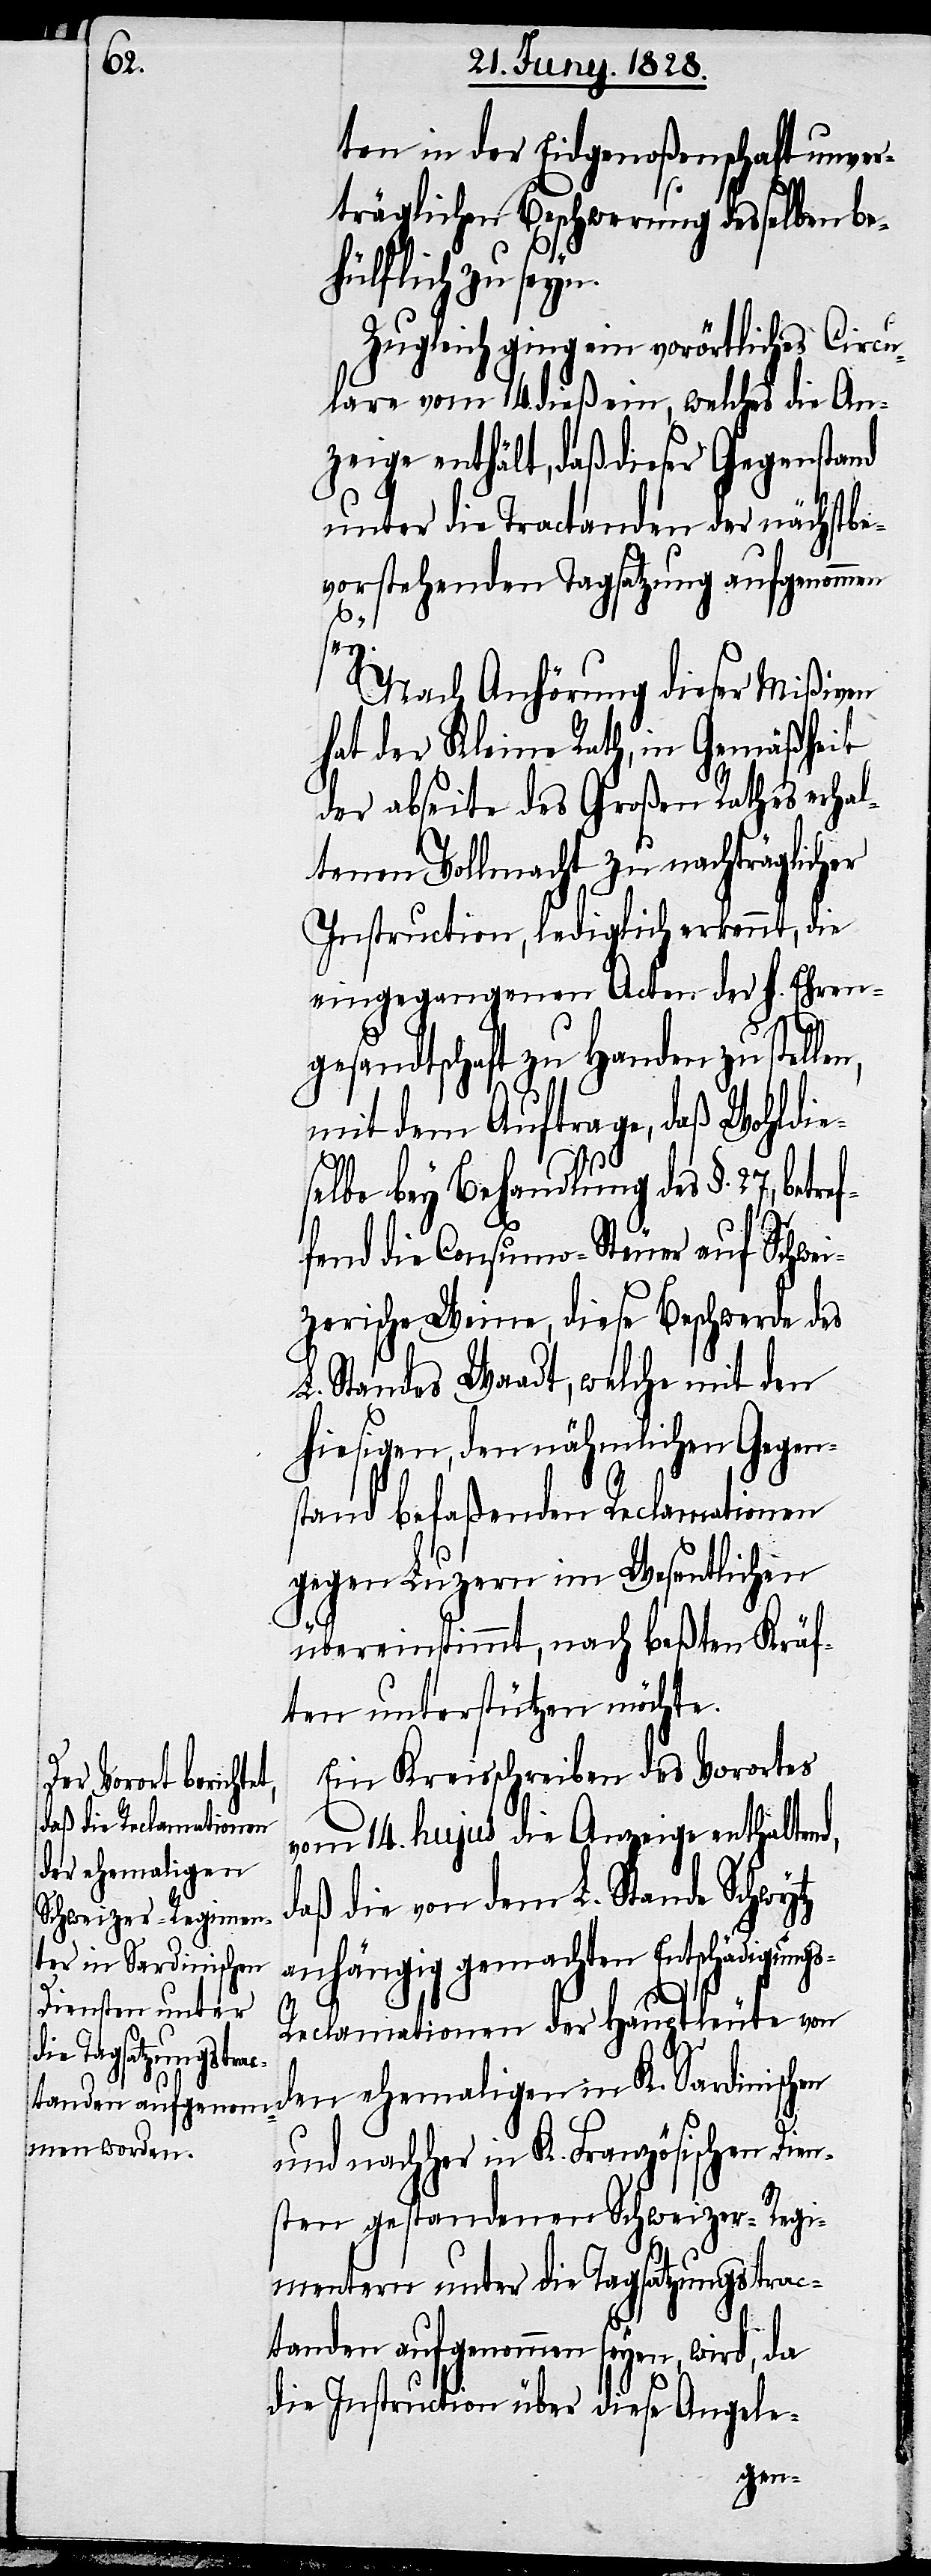
ten in der Eidgenoßenschaft unver¬
träglichen Beschwerung desselben be¬
hüflich zu seyn.
Zugleich ging ein vorörtliches Circu¬
lare vom 14. dieß ein, welches die An¬
zeige enthält, daß dieser Gegenstand
unter die Tractanden der nächstbe¬
vorstehenden Tagsatzung aufgenommen
ref¬
Nach Anhörung dieser Mißiven
hat der Kleine Rath, in Gemäßheit
der abseite des Großen Rathes erhal¬
tenen Vollmacht zu nachträglicher
Instruction, lediglich erkennt, die
eingegangenen Acten der h. Ehren¬
gesandtschaft zu Handen zu stelle¬
mit dem Auftrage, daß Wohldie¬
selbe bey Behandlung des §. 27, bet¬
fend die Consumo-Steuer, auf Schwei¬
zerische Weine, diese Beschwerde des
L. Standes Waadt, welche mit den
hiesigen, den nähmlichen Gegen¬
stand befaßenden Reclamationen
gegen Luzern im Wesentlichen
übereinstimmt, nach beßten Kräf¬
ten unterstützen möchte.
Ein Kreisschreiben des Vorortes
vom 14. hujus die Anzeige enthaltend,
den ehemaligen
daß die von dem L. Stande Schwytz
anhängig gemachten Entschädigung¬
n,
s-Reclamationen der Hauptleute von
in
K.
und nachher in K. Französischen Dien¬
sten gestandenen Schweizer-Regi¬
menter unter die Tagsatzungstrac¬
tanden aufgenommen seyen, wird, da
die Instruction über diese Angele-